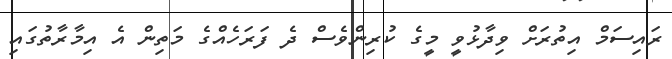
ރައިސަމް އިތުރަށް ވިދާޅުވީ މީގެ ކުރިންވެސް ދެ ފަރަހެއްގެ މަތިން އެ އިމާރާތުގައި